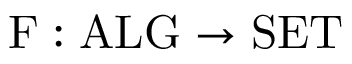
\mathrm { F } : \mathrm { A L G } \to \mathrm { S E T }